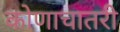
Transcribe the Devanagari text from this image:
कोणाचातरी